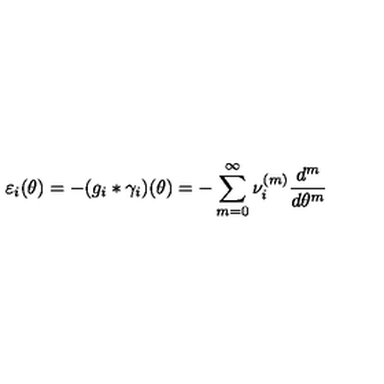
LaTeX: \varepsilon _ { i } ( \theta ) = - ( g _ { i } * \gamma _ { i } ) ( \theta ) = - \sum _ { m = 0 } ^ { \infty } \nu _ { i } ^ { ( m ) } \frac { d ^ { m } } { d \theta ^ { m } }